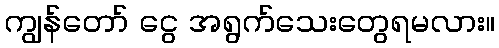
ကျွန်တော် ငွေ အရွက်သေးတွေရမလား။